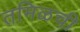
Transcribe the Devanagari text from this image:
तमिळची